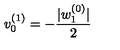
v _ { 0 } ^ { ( 1 ) } = - \frac { | w _ { 1 } ^ { ( 0 ) } | } { 2 }